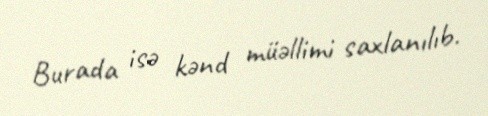
Burada isə kənd müəllimi saxlanılıb.